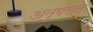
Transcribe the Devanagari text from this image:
अनुषंगानं